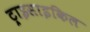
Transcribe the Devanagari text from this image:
ट्राइसाइकिल